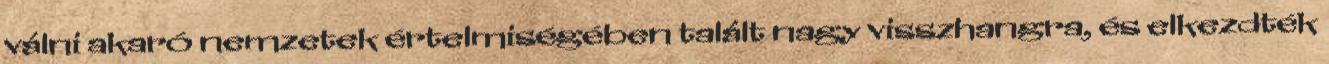
válni akaró nemzetek értelmiségében talált nagy visszhangra, és elkezdték